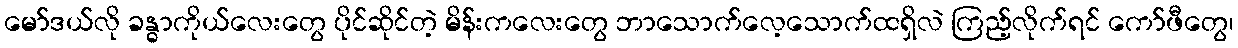
မော်ဒယ်လို ခန္ဓာကိုယ်လေးတွေ ပိုင်ဆိုင်တဲ့ မိန်းကလေးတွေ ဘာသောက်လေ့သောက်ထရှိလဲ ကြည့်လိုက်ရင် ကော်ဖီတွေ၊